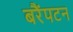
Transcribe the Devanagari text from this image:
बरैंपटन